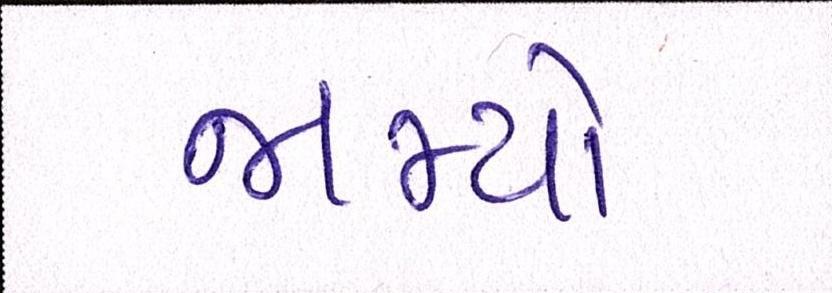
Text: જામ્યો